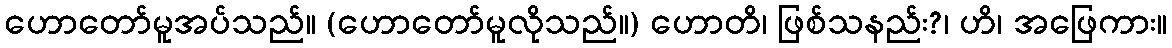
ဟောတော်မူအပ်သည်။ (ဟောတော်မူလိုသည်။) ဟောတိ၊ ဖြစ်သနည်း?၊ ဟိ၊ အဖြေကား။